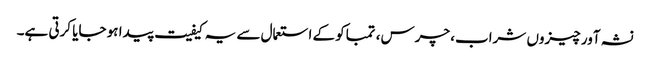
نشہ آور چیزوں شراب، چرس، تمباکو کے استعمال سے یہ کیفیت پیدا ہو جایا کرتی ہے۔